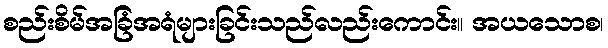
စည်းစိမ်အခြံအရံများခြင်းသည်လည်းကောင်း။ အယသောစ၊